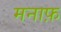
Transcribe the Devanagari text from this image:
मनाफ़